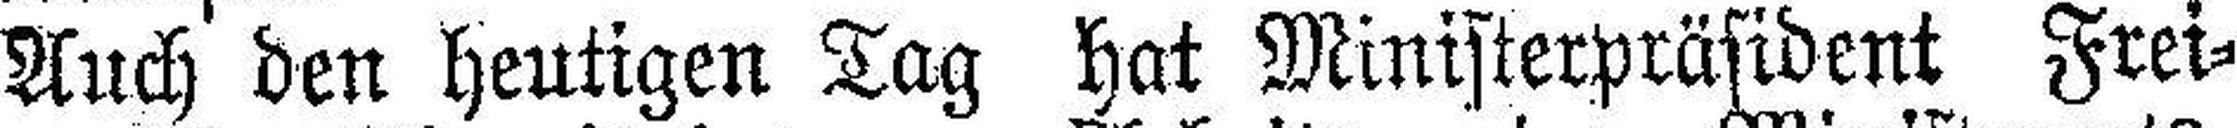
Auch den heutigen Tag hat Ministerpräsident Frei¬